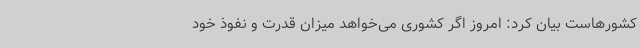
کشورهاست بیان کرد: امروز اگر کشوری می‌خواهد میزان قدرت و نفوذ خود